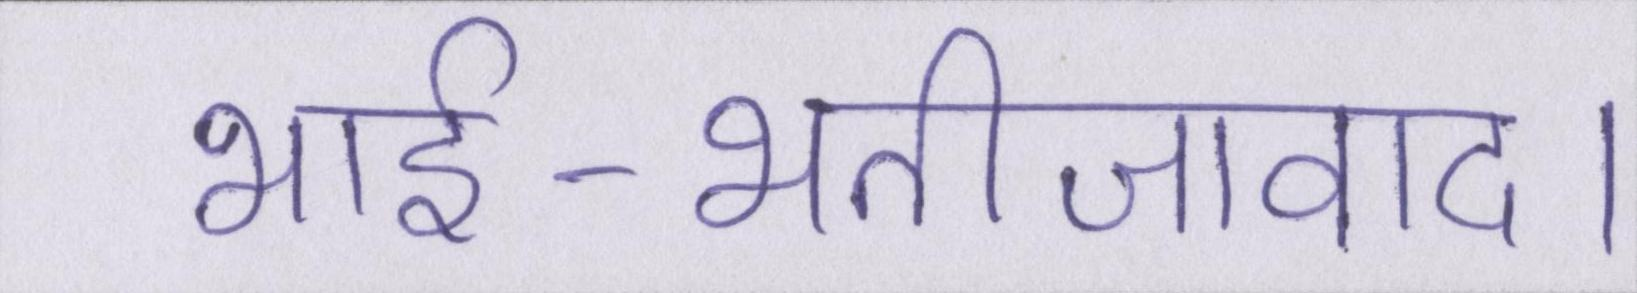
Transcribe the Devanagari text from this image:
भार्इ-भतीजावाद।